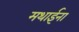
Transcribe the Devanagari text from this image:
मथाईना